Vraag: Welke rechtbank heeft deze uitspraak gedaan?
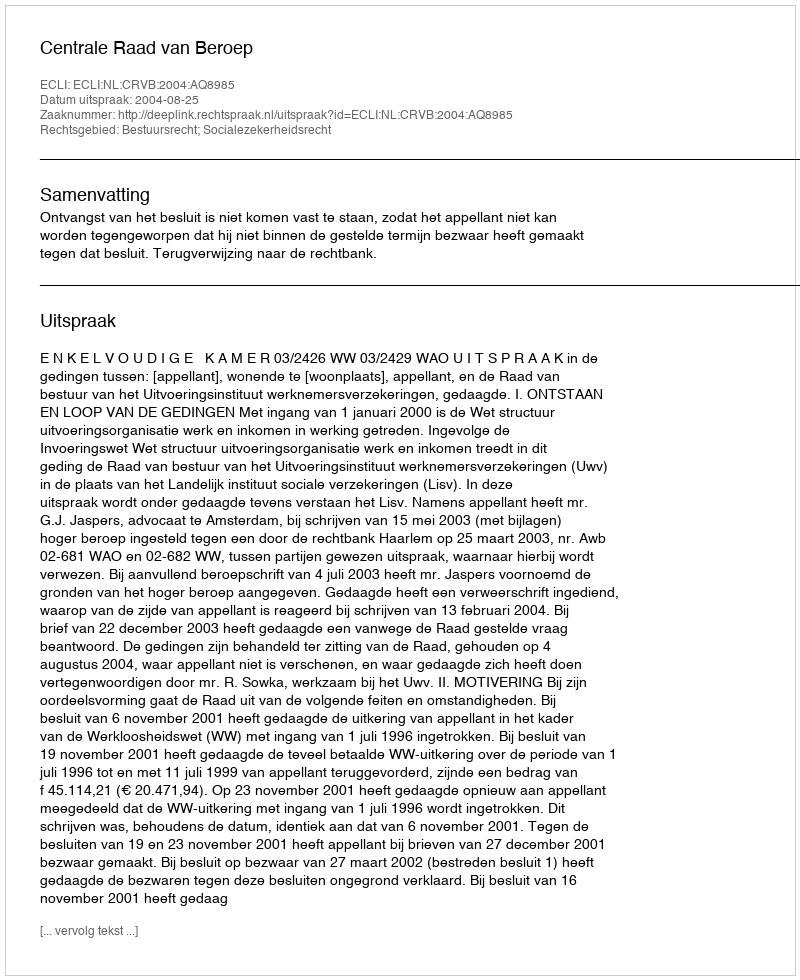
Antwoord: Centrale Raad van Beroep